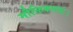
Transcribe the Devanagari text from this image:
मौक्तिकलता।